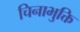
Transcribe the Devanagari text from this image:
चिनाभुक्ति